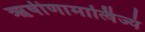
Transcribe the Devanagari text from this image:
ऋषीणामार्त्विज्यं